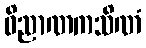
ဝိညာဏကသိဏံ